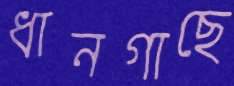
ধানগাছে